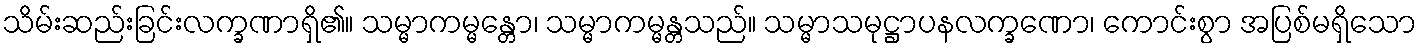
သိမ်းဆည်းခြင်းလက္ခဏာရှိ၏။ သမ္မာကမ္မန္တော၊ သမ္မာကမ္မန္တသည်။ သမ္မာသမုဋ္ဌာပနလက္ခဏော၊ ကောင်းစွာ အပြစ်မရှိသော